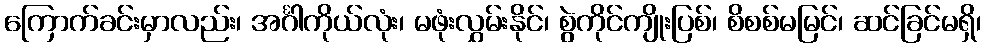
ကြောက်ခင်းမှာလည်း၊ အင်္ဂါကိုယ်လုံး၊ မဖုံးလွှမ်းနိုင်၊ စွဲကိုင်ကျိုးပြစ်၊ စိစစ်မမြင်၊ ဆင်ခြင်မရှိ၊